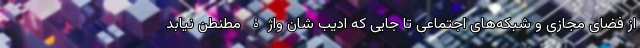
از فضای مجازی و شبکه‌های اجتماعی تا جایی که ادیب شان واژۀ مطنطن نیابد